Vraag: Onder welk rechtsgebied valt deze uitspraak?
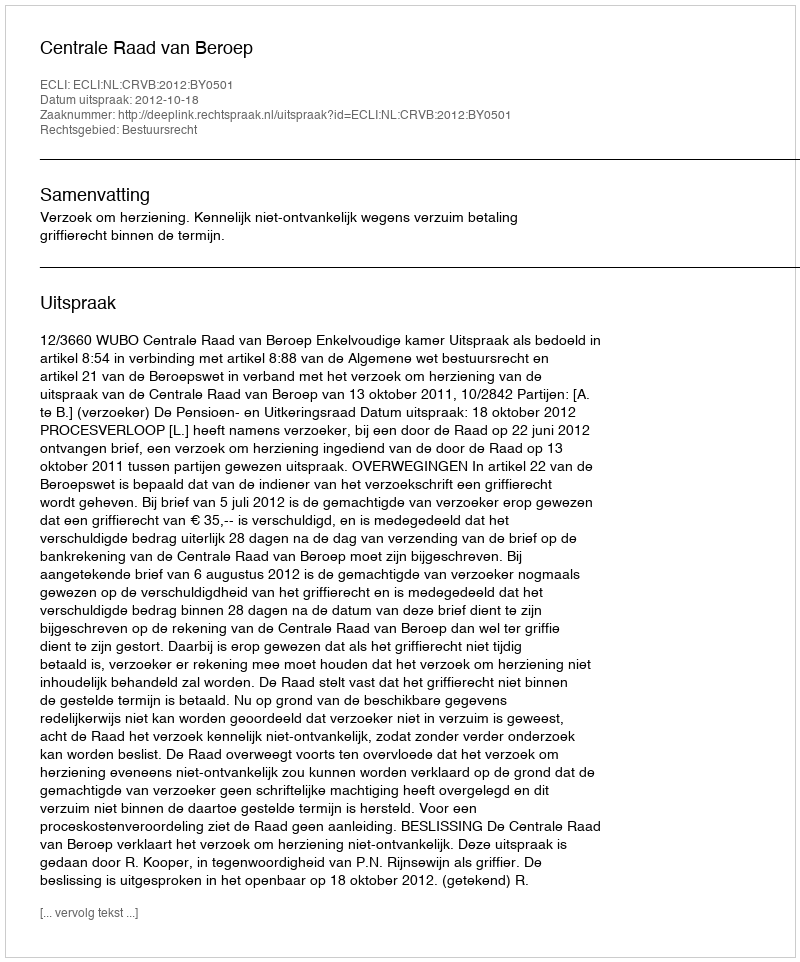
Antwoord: Bestuursrecht